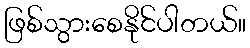
ဖြစ်သွားစေနိုင်ပါတယ်။